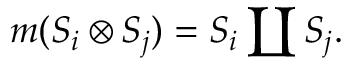
m ( S _ { i } \otimes S _ { j } ) = S _ { i } \coprod S _ { j } .